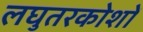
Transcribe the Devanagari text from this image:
लघुतरकोशों